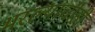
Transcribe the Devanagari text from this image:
भरल्याचीही